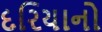
દરિયાનો